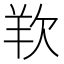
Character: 𭭋